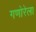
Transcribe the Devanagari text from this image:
गणोरेला